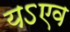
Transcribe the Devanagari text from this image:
यऽएव